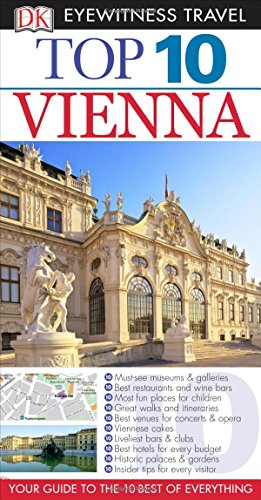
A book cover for Top 10 Vienna (Eyewitness Top 10 Travel Guide); Michael Leidig; Travel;